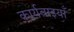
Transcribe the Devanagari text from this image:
कार्यवाइयाँ